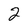
Character: 2